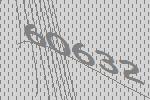
60632